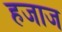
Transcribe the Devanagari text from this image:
हजाज